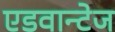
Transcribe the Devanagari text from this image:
एडवान्टेज